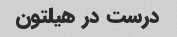
درست در هیلتون